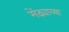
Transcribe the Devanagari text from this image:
मेंढ्याच्या